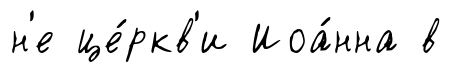
н'е це́ркв'и Иоа́нна в